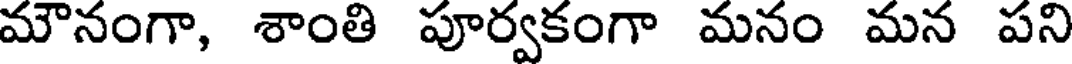
మౌనంగా, శాంతి పూర్వకంగా మనం మన పని